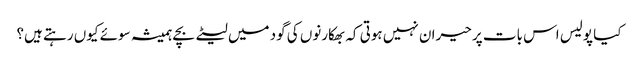
کیا پولیس اس بات پر حیران نہیں ہوتی کہ بھکارنوں کی گود میں لیٹے بچے ہمیشہ سوئے کیوں رہتے ہیں؟